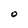
Character: 0